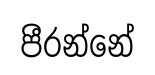
පීරන්නේ